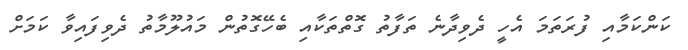
ކަންކަމާއި ފުރަތަމަ އެހީ ދެވިދާނެ ތަފާތު ގޮތްތަކާއި ބެހޭގޮތުން މައުލޫމާތު ދެވިފައިވާ ކަމަށް